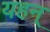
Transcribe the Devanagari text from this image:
यहन्